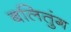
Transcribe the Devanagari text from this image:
बलितुंग